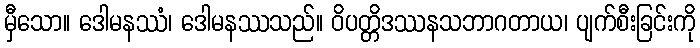
မှီသော။ ဒေါမနဿံ၊ ဒေါမနဿသည်။ ဝိပတ္တိဒဿနသဘာဂတာယ၊ ပျက်စီးခြင်းကို